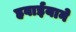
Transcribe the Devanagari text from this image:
हवाईयाने